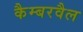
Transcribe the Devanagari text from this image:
कैम्बरवैल